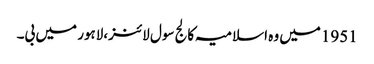
1951میں وہ اسلامیہ کالج سول لائنز،لاہور میں بی۔